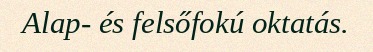
Alap- és felsőfokú oktatás.